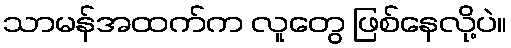
သာမန်အထက်က လူတွေ ဖြစ်နေလို့ပဲ။